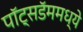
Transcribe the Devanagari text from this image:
पॉट्सडॅममध्ये